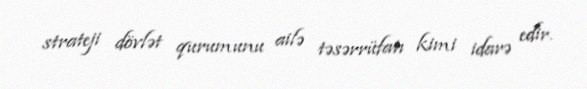
strateji dövlət qurumunu ailə təsərrüfatı kimi idarə edir.